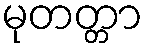
မုတတ္တာ